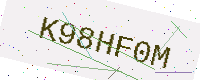
Text: K98HF0M